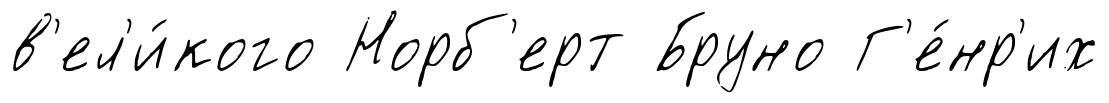
в'ел'и́кого Норб'ерт Бруно Г'е́нр'их